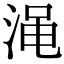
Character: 渑